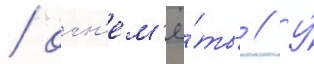
/ огн'ем'ё́ты // У́